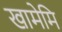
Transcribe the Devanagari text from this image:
खामेमि